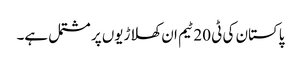
پاکستان کی ٹی 20 ٹیم ان کھلاڑیوں پر مشتمل ہے۔